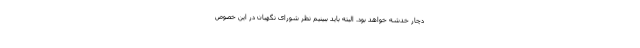
دچار خدشه خواهد بود. البته باید ببینیم نظر شورای نگهبان در این خصوص